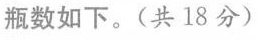
瓶数如下。(共18分)